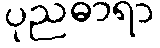
ပုညဓာရာ